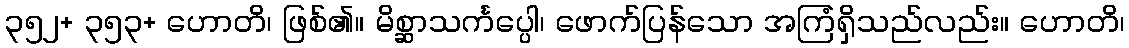
၃၅၂+ ၃၅၃+ ဟောတိ၊ ဖြစ်၏။ မိစ္ဆာသင်္ကပ္ပေါ၊ ဖောက်ပြန်သော အကြံရှိသည်လည်း။ ဟောတိ၊